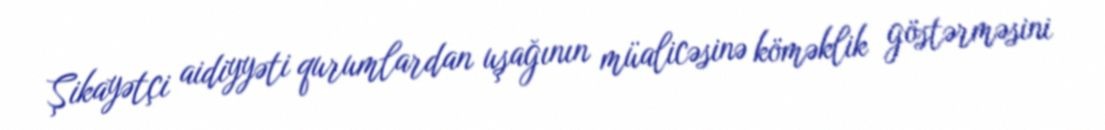
Şikayətçi aidiyyəti qurumlardan uşağının müalicəsinə köməklik göstərməsini